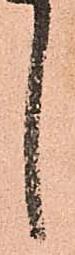
し